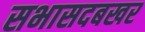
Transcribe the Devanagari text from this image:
सभासदबखर